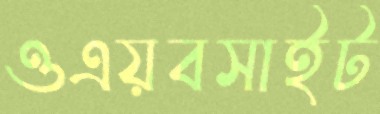
ওএয়বসাইট